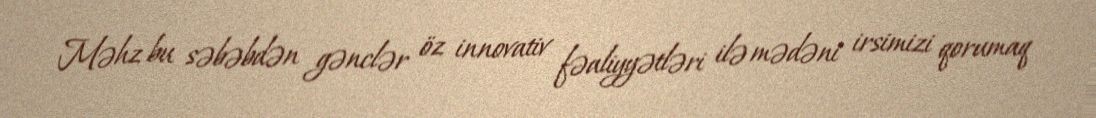
Məhz bu səbəbdən gənclər öz innovativ fəaliyyətləri ilə mədəni irsimizi qorumaq